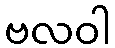
ဗလဝါ